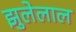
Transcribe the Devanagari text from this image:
झुलेलाल